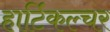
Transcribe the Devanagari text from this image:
हार्टिकल्चर